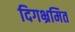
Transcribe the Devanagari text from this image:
दिगभ्रमित